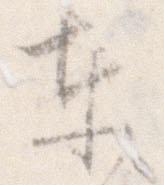
東